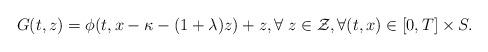
LaTeX: \begin{align*}G(t,z)=\phi(t,x-\kappa-(1+\lambda)z)+z,\forall\; z\in\mathcal{Z}, \forall (t,x) \in [0,T]\times S. \end{align*}